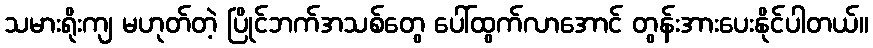
သမားရိုးကျ မဟုတ်တဲ့ ပြိုင်ဘက်အသစ်တွေ ပေါ်ထွက်လာအောင် တွန်းအားပေးနိုင်ပါတယ်။